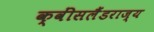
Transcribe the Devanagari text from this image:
क्वींसलैंडराज्य